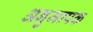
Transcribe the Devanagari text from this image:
अनुमापक